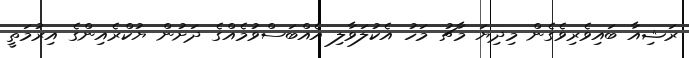
ރަޝިއާ ބައިވެރިވެގެން މިދިޔަ މާޗު މަހު އެކުލަވާލި އެއްބަސްވުމެއްގެ ދަށުން ޔުކްރެއިންގެ އިރުމަތީ